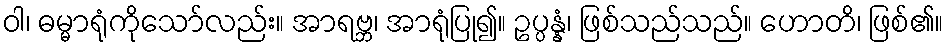
ဝါ၊ ဓမ္မာရုံကိုသော်လည်း။ အာရဗ္ဘ၊ အာရုံပြု၍။ ဥပ္ပန္နံ၊ ဖြစ်သည်သည်။ ဟောတိ၊ ဖြစ်၏။